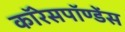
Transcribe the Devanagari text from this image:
कॉरेसपॉण्डेंस